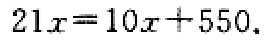
\(21x = 10x+550\)